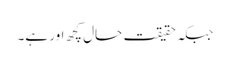
جبکہ حقیقت حال کچھ اور ہے۔